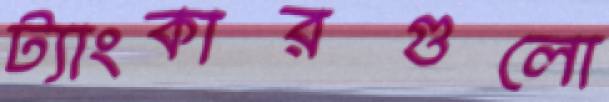
ট্যাংকারগুলো